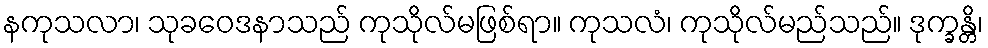
နကုသလာ၊ သုခဝေဒနာသည် ကုသိုလ်မဖြစ်ရာ။ ကုသလံ၊ ကုသိုလ်မည်သည်။ ဒုက္ခန္တိ၊